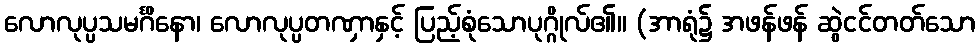
လောလုပ္ပသမင်္ဂိနော၊ လောလုပ္ပတဏှာနှင့် ပြည့်စုံသောပုဂ္ဂိုလ်၏။ (အာရုံ၌ အဖန်ဖန် ဆွဲငင်တတ်သော